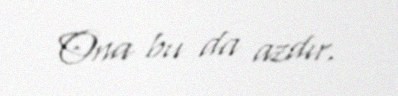
Ona bu da azdır.